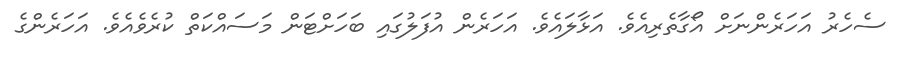
ސެހެރު އަހަރެންނަށް އޯގާތެރިއެވެ. އަޅާލައެވެ. އަހަރެން އުފަލުގައި ބަހަށްޓަން މަސައްކަތް ކުރެވެއެވެ. އަހަރެންގެ